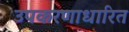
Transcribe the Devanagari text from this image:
उपकरणाधारित